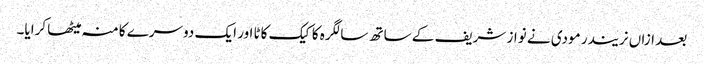
بعد ازاں نریندر مودی نے نواز شریف کے ساتھ سالگرہ کا کیک کاٹا اور ایک دوسرے کا منہ میٹھا کرایا۔